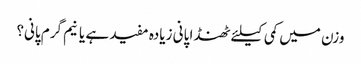
وزن میں کمی کیلئے ٹھنڈا پانی زیادہ مفید ہے یا نیم گرم پانی؟